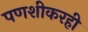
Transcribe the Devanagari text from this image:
पणशीकरही